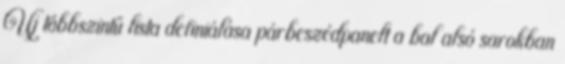
Új többszintű lista definiálása párbeszédpanelt a bal alsó sarokban